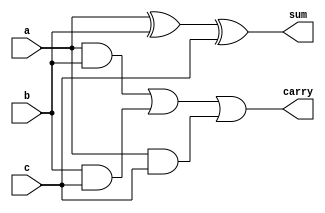
module full_adder(
    input  wire a,          // First input bit
    input  wire b,          // Second input bit
    input  wire c,          // Carry input
    output wire sum,        // Sum output
    output wire carry       // Carry output
);
    assign sum = a ^ b ^ c;          // Sum output (XOR)
    assign carry = (a & b) | (b & c) | (a & c); // Carry output (AND-OR) 
endmodule